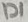
Text: D1